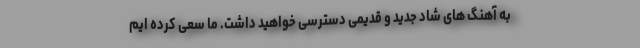
به آهنگ های شاد جدید و قدیمی دسترسی خواهید داشت. ما سعی کرده ایم